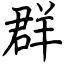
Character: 群